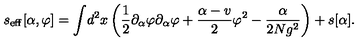
s _ { \mathrm { e f f } } [ \alpha , \varphi ] = \int \! d ^ { 2 } x \left( { \frac { 1 } { 2 } } \partial _ { \alpha } \varphi \partial _ { \alpha } \varphi + { \frac { \alpha - v } { 2 } } \varphi ^ { 2 } - { \frac { \alpha } { 2 N g ^ { 2 } } } \right) + s [ \alpha ] .